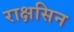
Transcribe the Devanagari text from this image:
राक्षसिन